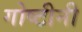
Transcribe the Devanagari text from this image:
गोष्टीनी